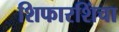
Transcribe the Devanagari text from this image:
शिफारशिंचा